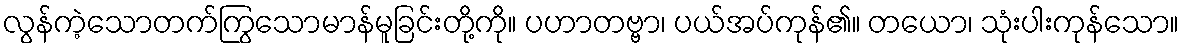
လွန်ကဲ့သောတက်ကြွသောမာန်မူခြင်းတို့ကို။ ပဟာတဗ္ဗာ၊ ပယ်အပ်ကုန်၏။ တယော၊ သုံးပါးကုန်သော။